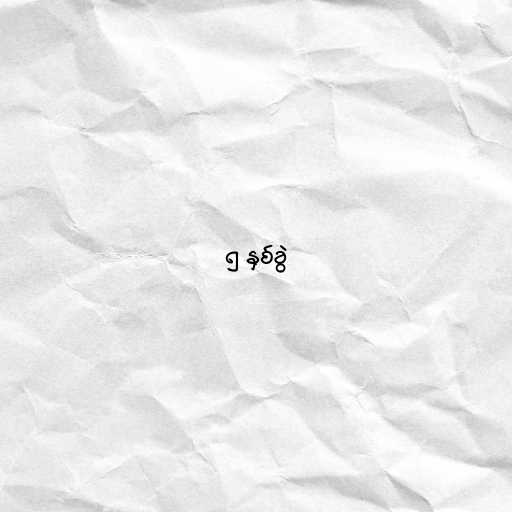
၅ နှစ်ခွဲ